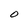
Character: O